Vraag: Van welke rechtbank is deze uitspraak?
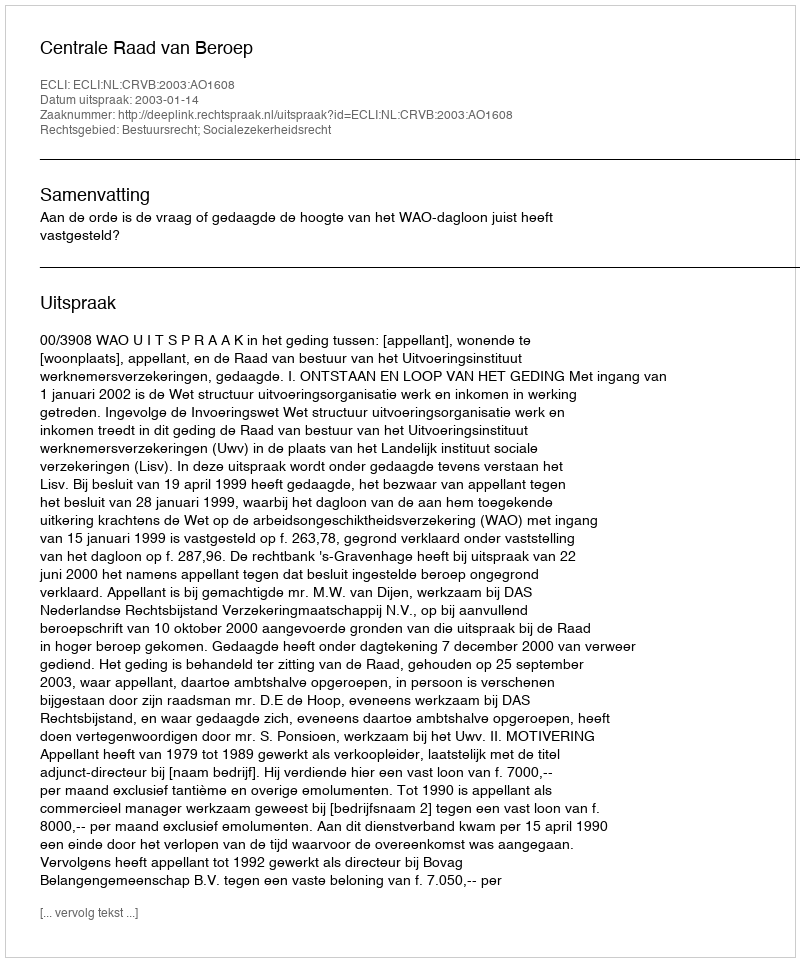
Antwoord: Centrale Raad van Beroep